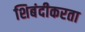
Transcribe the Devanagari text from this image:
शिबंदीकरता